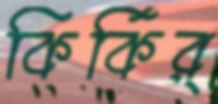
কির্‌কির্‌